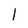
Character: l